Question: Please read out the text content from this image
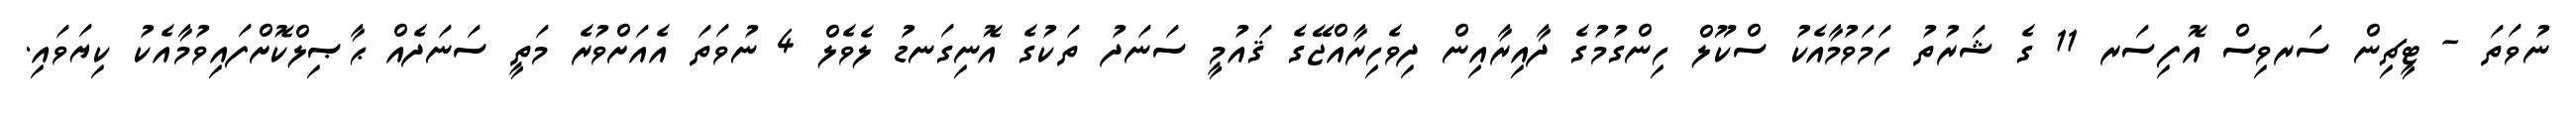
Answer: ނުވަތަ - ޓީޗިން ސަރވިސް އޮފިސަރ 11 ގެ ޝަރުތު ހަމަވުމާއެކު ސްކޫލް ހިންގުމުގެ ދާއިރާއިން ދިވެހިރާއްޖޭގެ ޤައުމީ ސަނަދު ތަކުގެ އޮނިގަނޑު ލެވެލް 4 ނުވަތަ އެއަށްވުރެ މަތީ ސަނަދެއް ޙާޞިލްކޮށްފައިވުމާއެކު ކިޔަވައި.